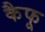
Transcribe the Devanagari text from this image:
कैफू